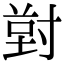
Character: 𭔸